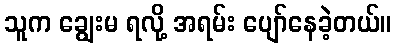
သူက ချွေးမ ရလို့ အရမ်း ပျော်နေခဲ့တယ်။